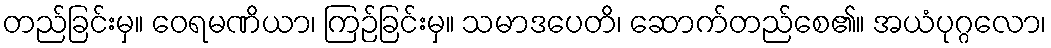
တည်ခြင်းမှ။ ဝေရမဏိယာ၊ ကြဉ်ခြင်းမှ။ သမာဒပေတိ၊ ဆောက်တည်စေ၏။ အယံပုဂ္ဂလော၊